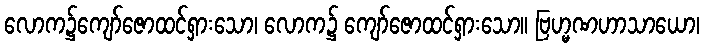
လောက၌ကျော်ဇောထင်ရှားသော၊ လောက၌ ကျော်ဇောထင်ရှားသော။ ဗြဟ္မဏဟာသာယော၊